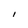
Character: I